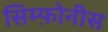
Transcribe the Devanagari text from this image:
सिम्फ़ोनीस